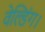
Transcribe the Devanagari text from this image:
वेल्डिंग।